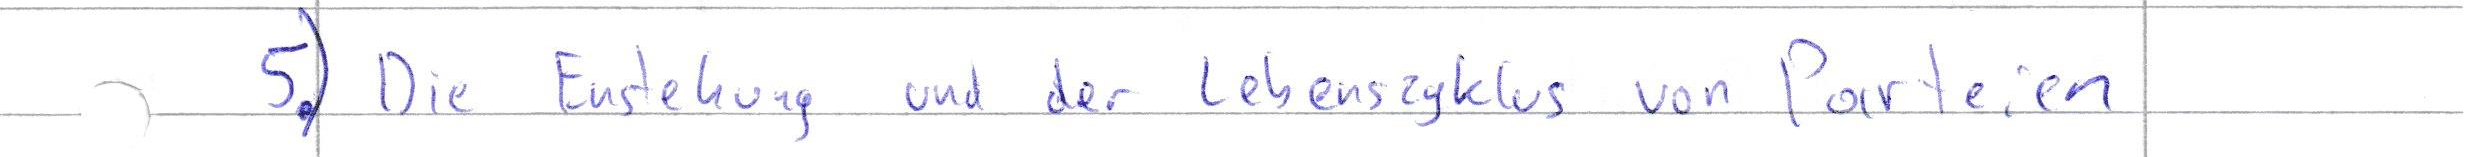
5.) Die Enstehung und der Lebenszyklus von Parteien